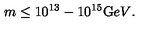
m \le 1 0 ^ { 1 3 } - 1 0 ^ { 1 5 } { \mathrm { G } e V } .